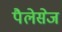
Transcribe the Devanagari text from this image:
पैलेसेज